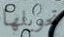
تحويلها